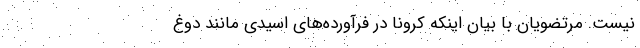
نیست. مرتضویان با بیان اینکه کرونا در فرآورده‌های اسیدی مانند دوغ